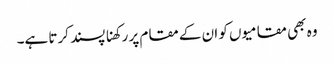
وہ بھی مقامیوں کو ان کے مقام پر رکھنا پسند کرتا ہے۔